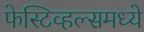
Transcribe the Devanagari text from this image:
फेस्टिव्हल्समध्ये